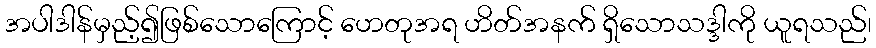
အပါဒါန်မှည့်၍ဖြစ်သောကြောင့် ဟေတုအရ ဟိတ်အနက် ရှိသောသဒ္ဒါကို ယူရသည်၊